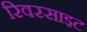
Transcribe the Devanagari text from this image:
रिवरसाइट